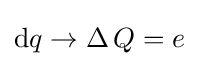
\mathrm {d} q\to \Delta \,Q=e